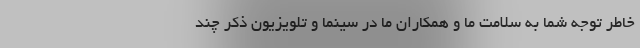
خاطر توجه شما به سلامت ما و همکاران ما در سینما و تلویزیون ذکر چند